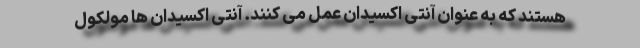
هستند که به عنوان آنتی اکسیدان عمل می کنند. آنتی اکسیدان ها مولکول